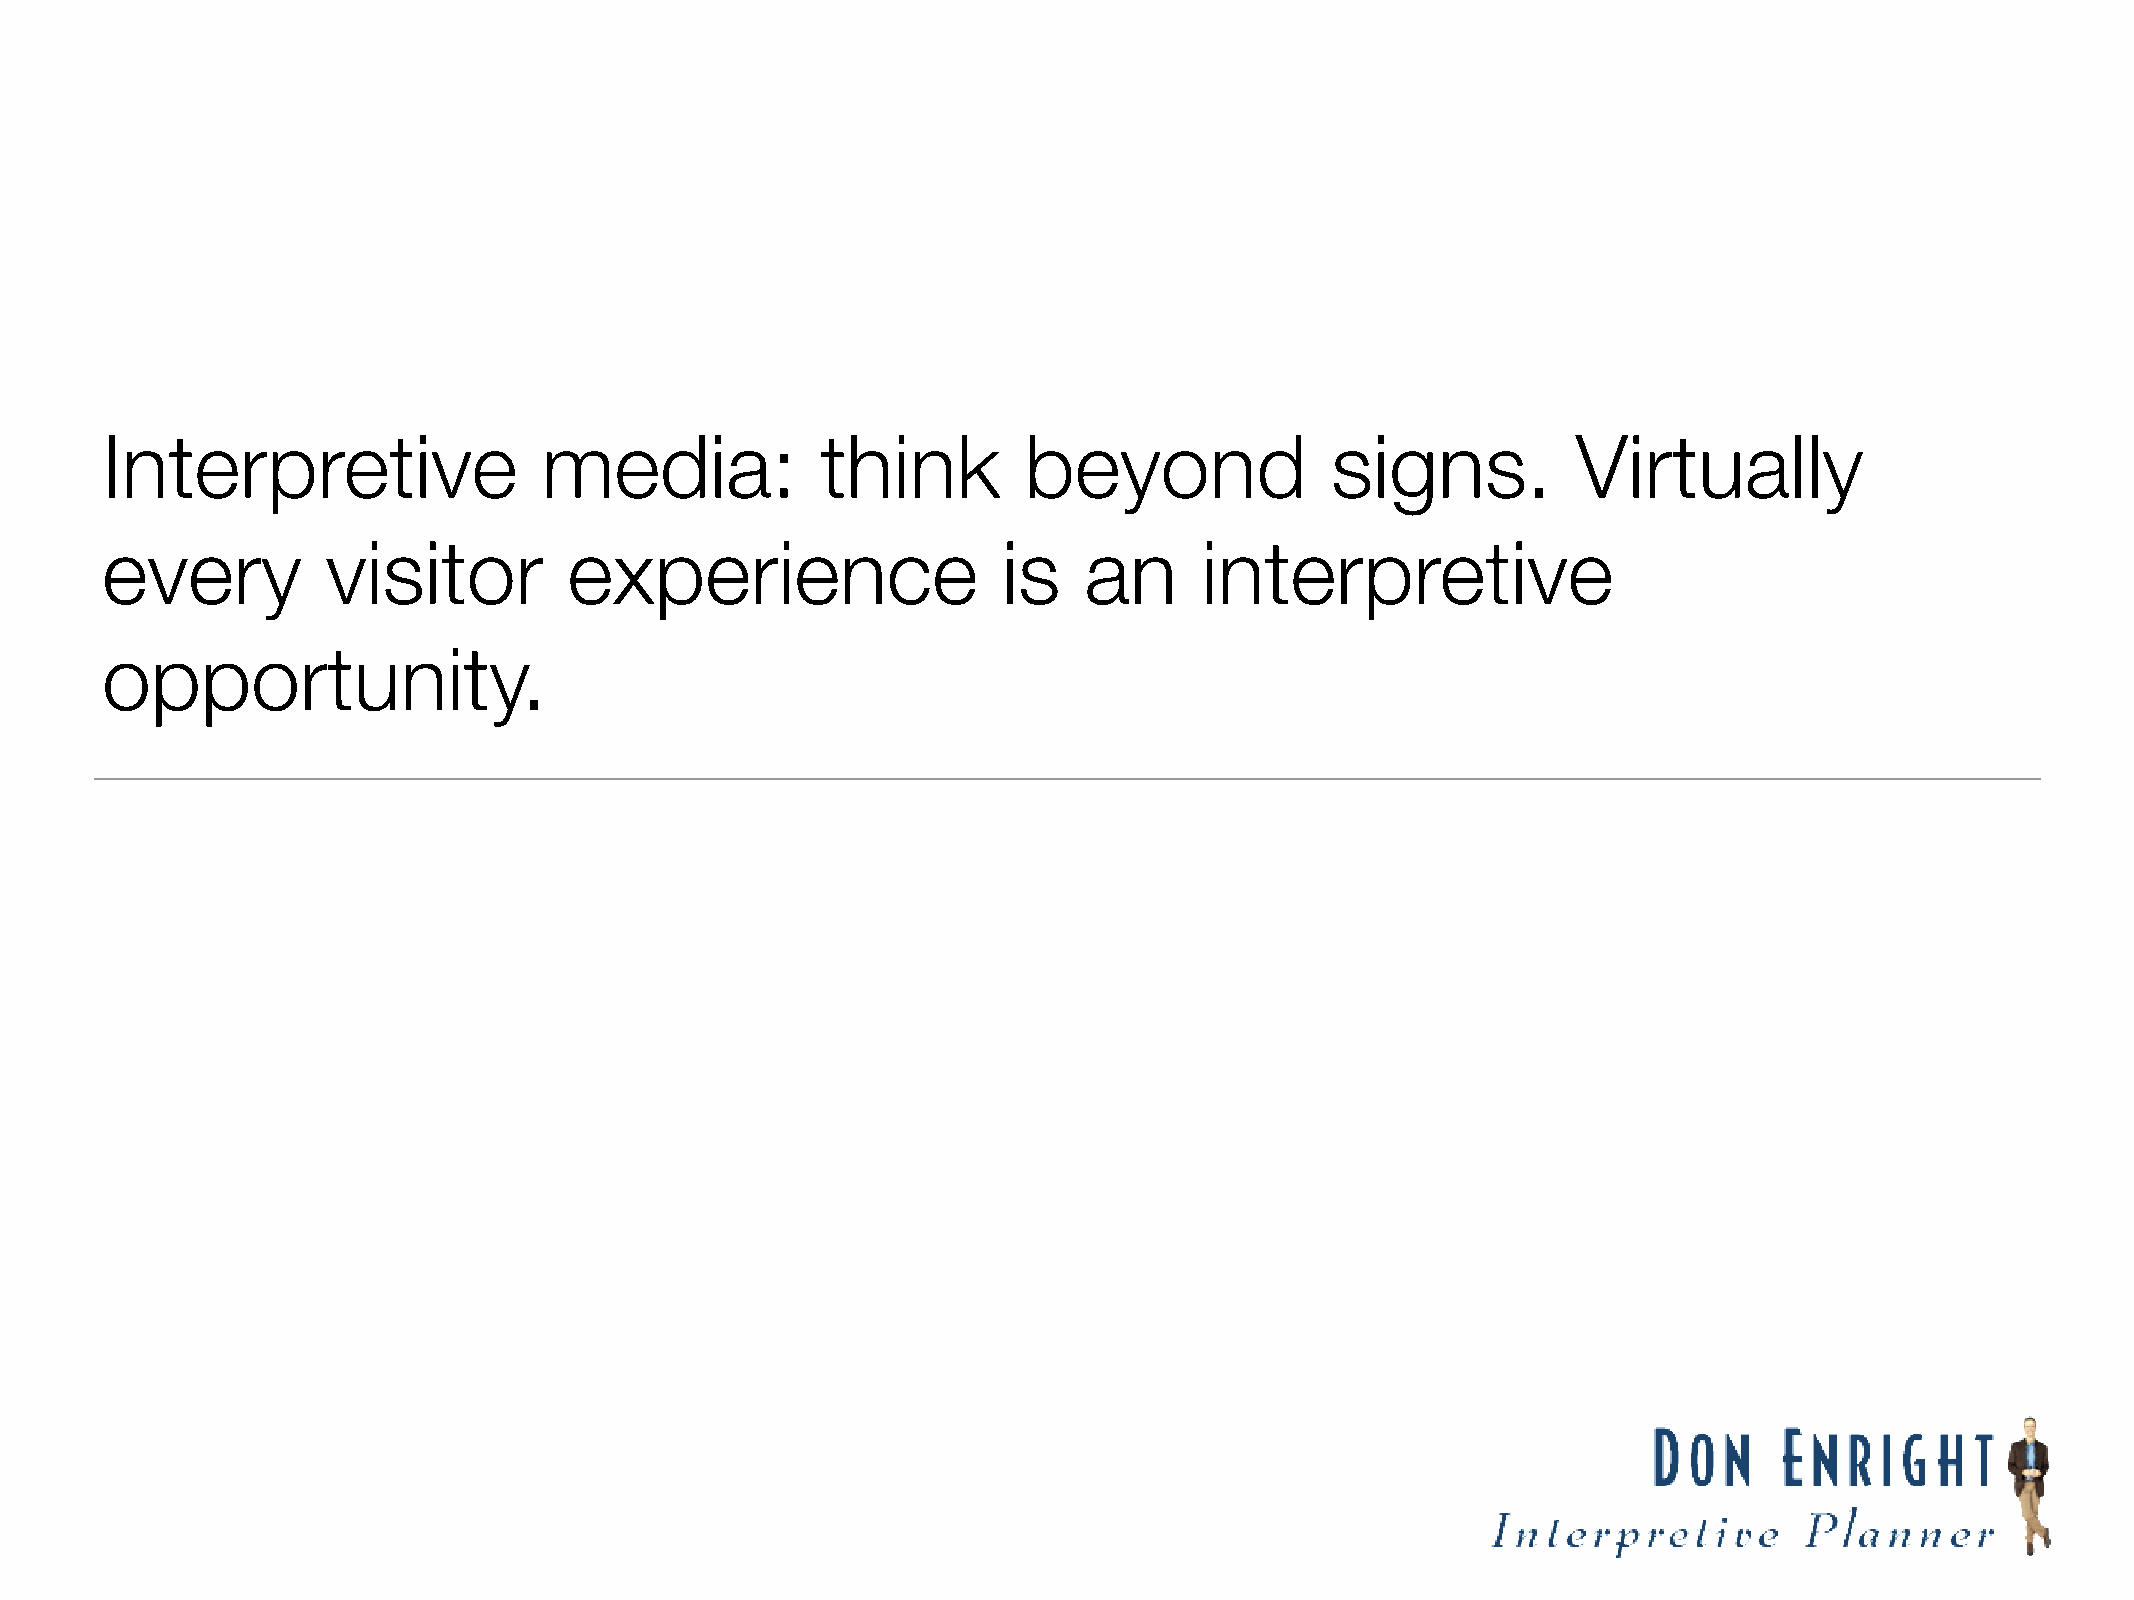
Interpretive                 media:            think         beyond              signs.          Virtually
 every          visitor         experience                  is    an      interpretive
 opportunity.